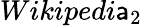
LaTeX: Wikipedi\mathsf{a}_{2}